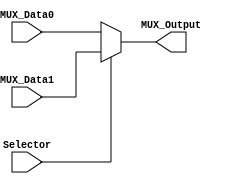
/******************************************************************
* Description
*	This is a  an 2to1 multiplexer that can be parameterized in its bit-width.
******************************************************************/

module Multiplexer2to1
#(
	parameter NBits=32
)
(
	input Selector,
	input [NBits-1:0] MUX_Data0,
	input [NBits-1:0] MUX_Data1,
	
	output reg [NBits-1:0] MUX_Output

);

	always@(Selector,MUX_Data1,MUX_Data0) begin
		if(Selector)
			MUX_Output = MUX_Data1;
		else
			MUX_Output = MUX_Data0;
	end

endmodule
//mux21//